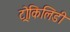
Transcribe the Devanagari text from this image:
ट्रोकिलिडी